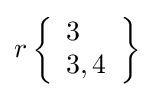
r\left\{{\begin{array}{l}3\\3,4\end{array}}\right\}